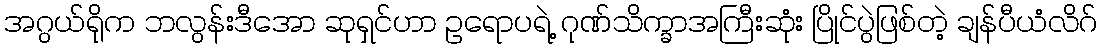
အဂွယ်ရိုက ဘလွန်းဒီအော ဆုရှင်ဟာ ဥရောပရဲ့ ဂုဏ်သိက္ခာအကြီးဆုံး ပြိုင်ပွဲဖြစ်တဲ့ ချန်ပီယံလိဂ်